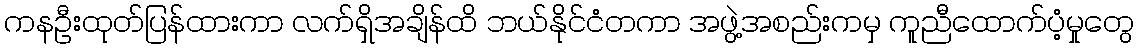
ကနဦးထုတ်ပြန်ထားကာ လက်ရှိအချိန်ထိ ဘယ်နိုင်ငံတကာ အဖွဲ့အစည်းကမှ ကူညီထောက်ပံ့မှုတွေ